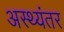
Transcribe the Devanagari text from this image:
अस्थ्यंतर